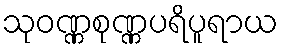
သုဝဏ္ဏစုဏ္ဏပရိပူရာယ